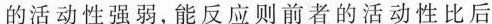
的活动性强弱，能反应则前者的活动性比后